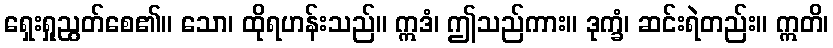
ရှေးရှုညွတ်စေ၏။ သော၊ ထိုရဟန်းသည်။ ဣဒံ၊ ဤသည်ကား။ ဒုက္ခံ၊ ဆင်းရဲတည်း။ ဣတိ၊